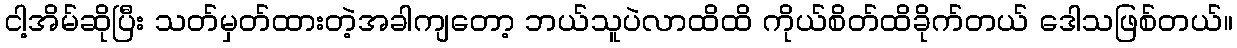
ငါ့အိမ်ဆိုပြီး သတ်မှတ်ထားတဲ့အခါကျတော့ ဘယ်သူပဲလာထိထိ ကိုယ်စိတ်ထိခိုက်တယ် ဒေါသဖြစ်တယ်။